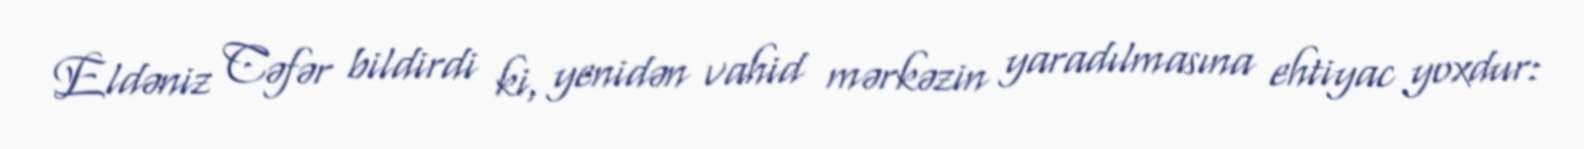
Eldəniz Cəfər bildirdi ki, yenidən vahid mərkəzin yaradılmasına ehtiyac yoxdur: